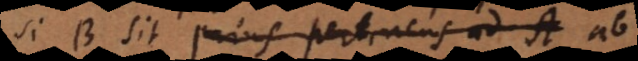
Si B sit prius pertinens ad A ab